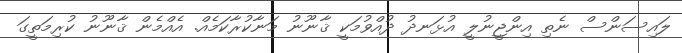
ލައިސަންސް ނެތި އިންޖީނުލީ އުޅަނދު ދުއްވުމަކީ ޤާނޫނު މަނާކުރާކަމެއް. އެއްމެން ޤާނޫނު ކުރިމަތީގަ